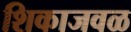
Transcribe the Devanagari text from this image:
शिकाजवळ